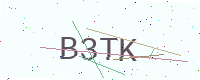
Text: B3TK